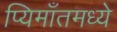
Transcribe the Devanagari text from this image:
प्यिमाँतमध्ये